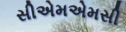
સીએમએમસી